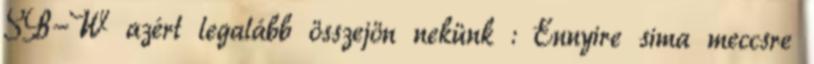
SB-W azért legalább összejön nekünk : Ennyire sima meccsre